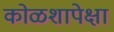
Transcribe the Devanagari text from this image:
कोळशापेक्षा